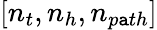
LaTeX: [n_{t},n_{h},n_{p\mathtt{a}th}]